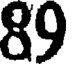
89